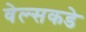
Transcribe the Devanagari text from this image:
वेल्सकडे